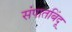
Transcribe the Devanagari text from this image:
संपातबिंदू